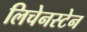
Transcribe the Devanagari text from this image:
लिचेनस्टेन